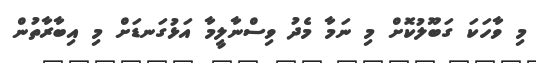
މި ވާހަކަ ގަބޫލުކޮށް މި ނަމާ މެދު ވިސްނާލީމާ އަޅުގަނޑަށް މި އިބާރާތުން